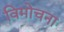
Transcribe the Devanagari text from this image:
विमोचना